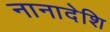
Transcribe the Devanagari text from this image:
नानादेशि